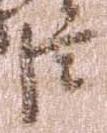
臣